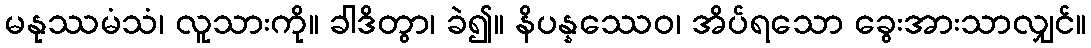
မနုဿမံသံ၊ လူသားကို။ ခါဒိတွာ၊ ခဲ၍။ နိပန္နဿေဝ၊ အိပ်ရသော ခွေးအားသာလျှင်။